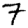
Digit: 7